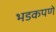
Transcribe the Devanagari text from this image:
भडकपणे